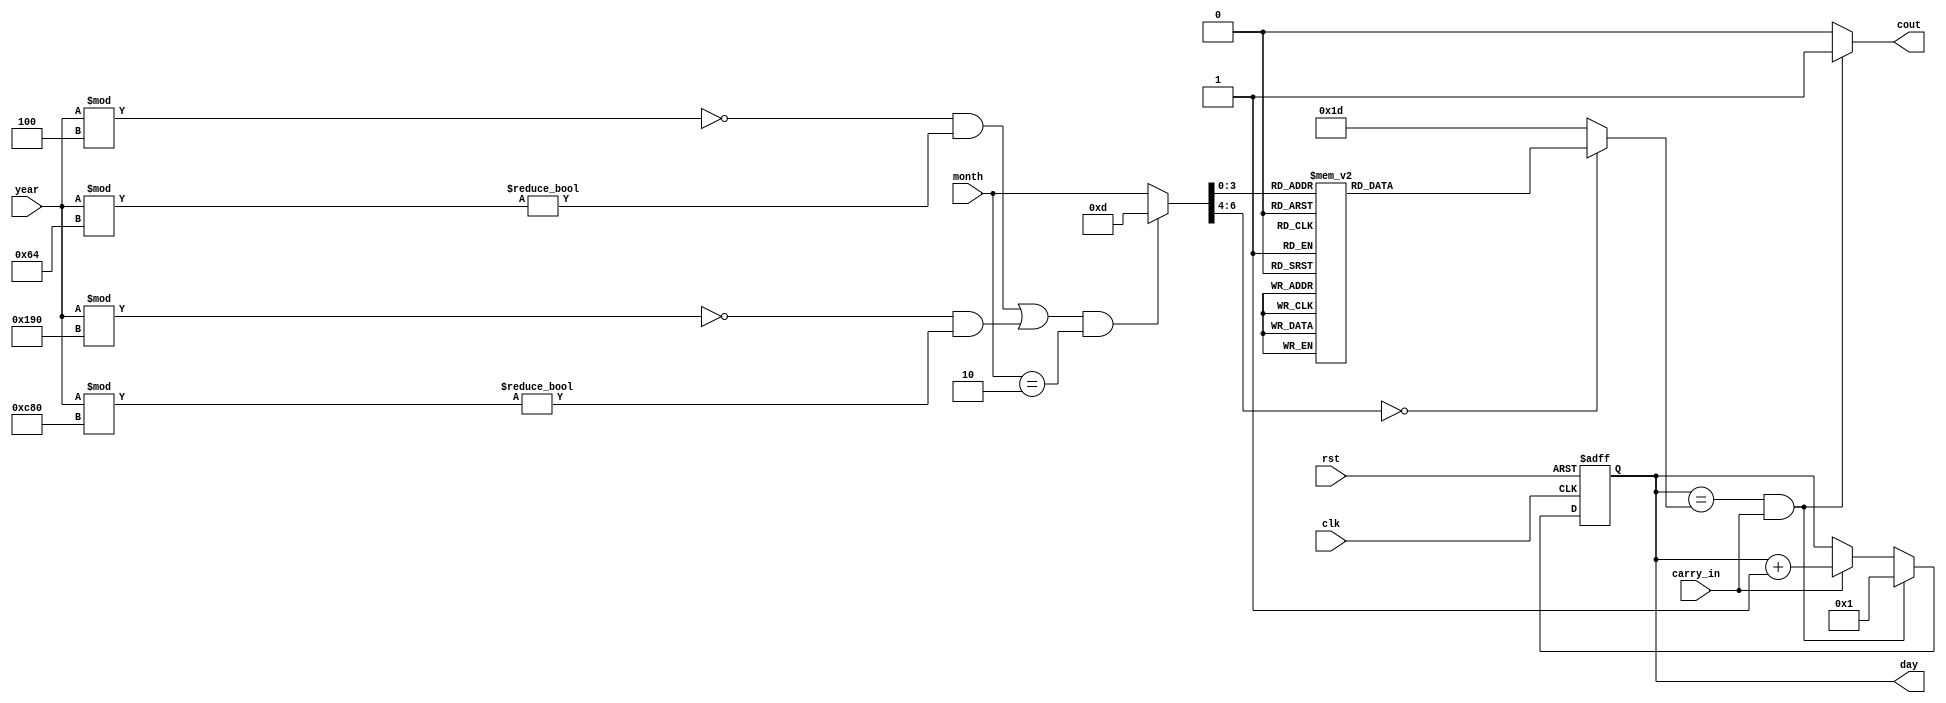
`timescale 1ns / 1ps
//////////////////////////////////////////////////////////////////////////////////
// Company: 
// Engineer: 
// 
// Design Name: 
// Module Name: day
// Project Name: 
// Target Devices: 
// Tool Versions: 
// Description: 
// 
// Dependencies: 
// 
// Revision:
// Revision 0.01 - File Created
// Additional Comments:
// 
//////////////////////////////////////////////////////////////////////////////////
`define TIME_BIT_WIDTH 7 

module day(
    clk,
    rst,
    carry_in,
    month,
    year,//check leap year
    day,
    cout
    );
    input clk;
    input rst;
    input carry_in;
    input [6:0]month;
    input [11:0]year;
    reg [6:0]month_leap;
    output reg cout;
    output reg [6:0]day;
    reg [6:0]day_next;
    reg [6:0]limit;
    always@*
         if (((year % 4 == 0 && year % 100 != 0) || (year % 400 == 0 && year % 3200 != 0))&&(month==2))
            month_leap = 13;
        else month_leap = month;
    always@*
          case(month_leap)
                `TIME_BIT_WIDTH'd1:limit=`TIME_BIT_WIDTH'd31;
                `TIME_BIT_WIDTH'd2:limit=`TIME_BIT_WIDTH'd28;
                `TIME_BIT_WIDTH'd3:limit=`TIME_BIT_WIDTH'd31;
                `TIME_BIT_WIDTH'd4:limit=`TIME_BIT_WIDTH'd30;
                `TIME_BIT_WIDTH'd5:limit=`TIME_BIT_WIDTH'd31;
                `TIME_BIT_WIDTH'd6:limit=`TIME_BIT_WIDTH'd30;
                `TIME_BIT_WIDTH'd7:limit=`TIME_BIT_WIDTH'd31;
                `TIME_BIT_WIDTH'd8:limit=`TIME_BIT_WIDTH'd31;
                `TIME_BIT_WIDTH'd9:limit=`TIME_BIT_WIDTH'd30;
                `TIME_BIT_WIDTH'd10:limit=`TIME_BIT_WIDTH'd31;
                `TIME_BIT_WIDTH'd11:limit=`TIME_BIT_WIDTH'd30;
                `TIME_BIT_WIDTH'd12:limit=`TIME_BIT_WIDTH'd31;
                `TIME_BIT_WIDTH'd13:limit=`TIME_BIT_WIDTH'd29;// for leap year
                default:limit=5'd29;
                endcase      
   
    always@*
        if (day==limit&&carry_in) begin
                day_next = 1;
                cout = 1;
            end
            else if(carry_in)begin
                day_next = day + 1;
                cout = 0;
                end
            else begin
                day_next = day;
                cout=0;
                end
    always@(posedge clk or posedge rst)
        if (rst) day <= 1;
        else day <= day_next;
    
    
endmodule